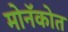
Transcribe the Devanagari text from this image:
मोनॅकोत